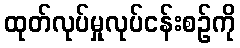
ထုတ်လုပ်မှုလုပ်ငန်းစဉ်ကို